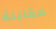
مقابلة